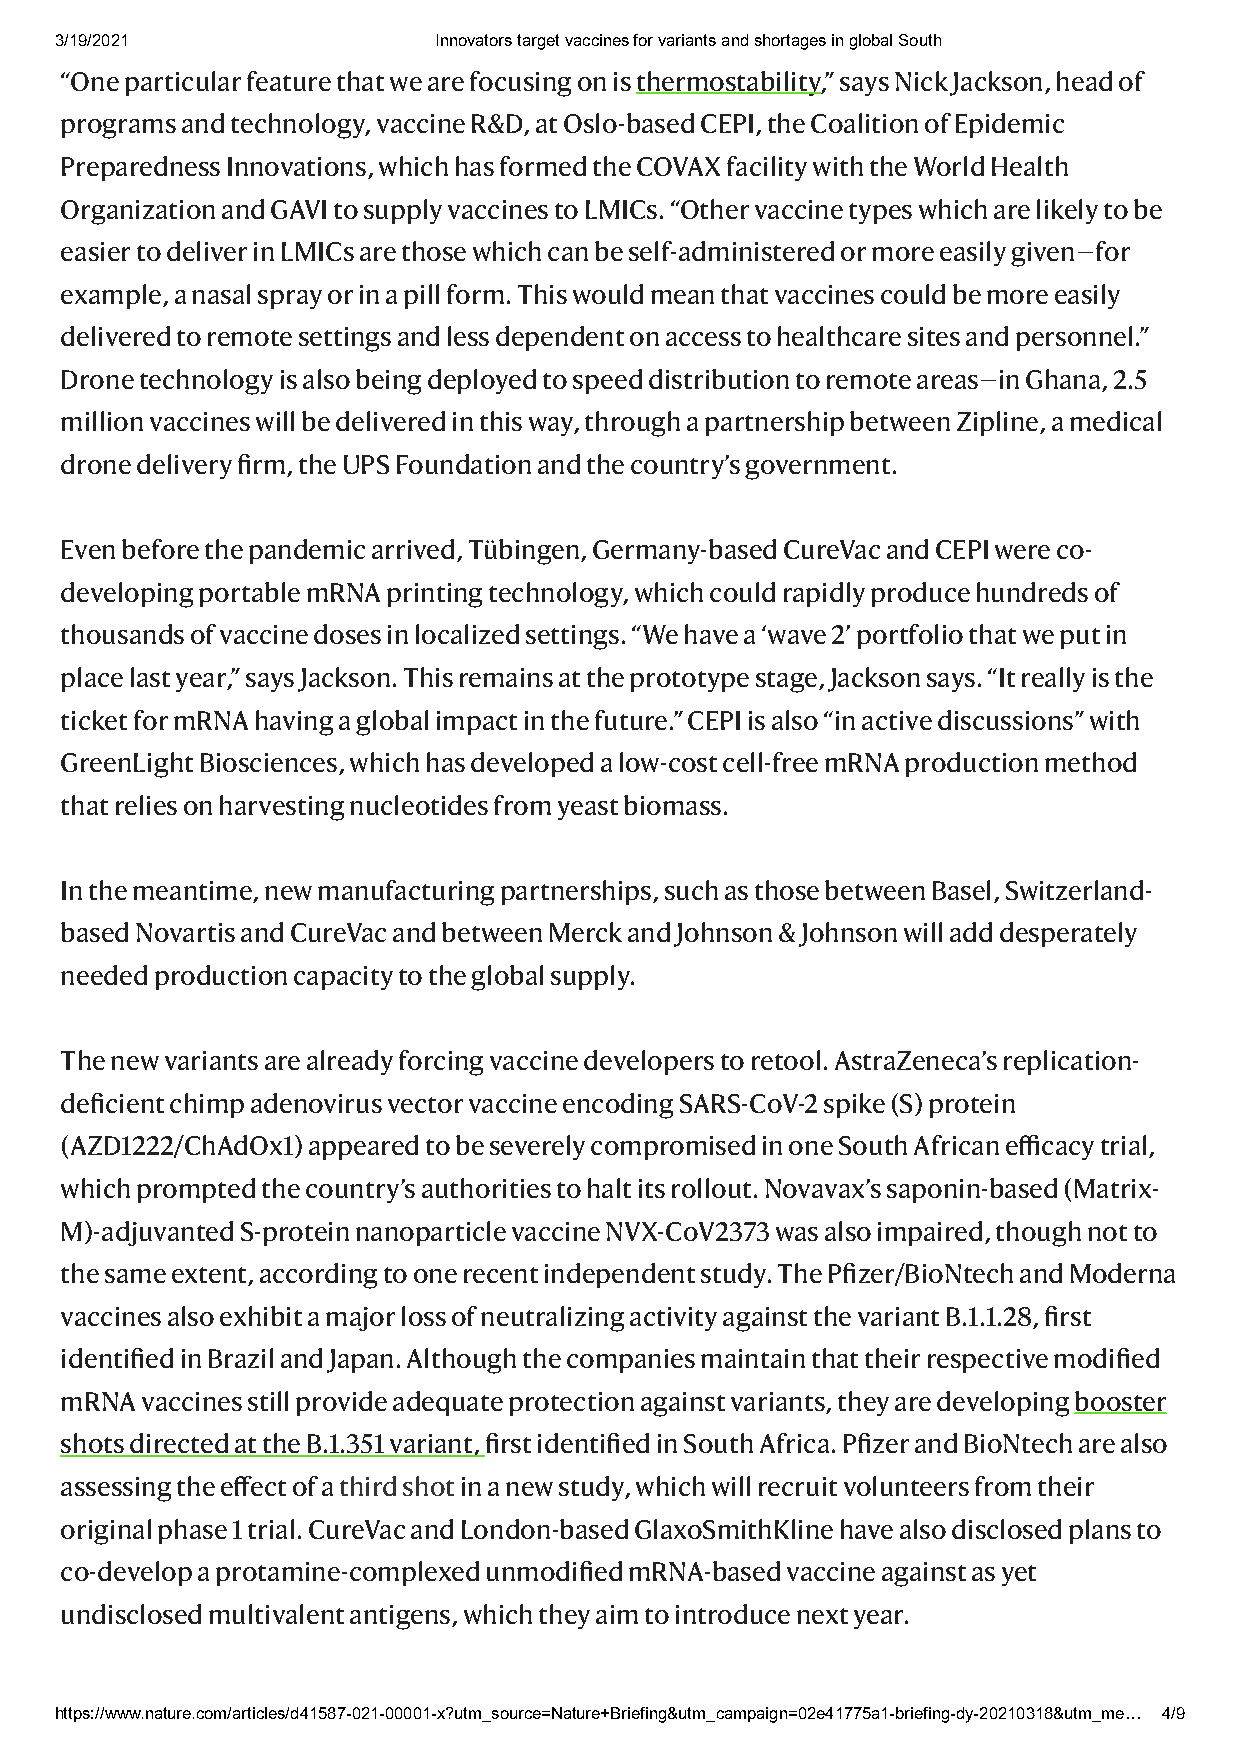
3/19/2021                Innovators target vaccines for variants and shortages in global South
 “One particular feature that we are focusing on is thermostability,” says Nick Jackson, head of
 programs and technology, vaccine R&D, at Oslo-based CEPI, the Coalition of Epidemic
 Preparedness Innovations, which has formed the COVAX facility with the World Health
 Organization and GAVI to supply vaccines to LMICs. “Other vaccine types which are likely to be
 easier to deliver in LMICs are those which can be self-administered or more easily given—for
 example, a nasal spray or in a pill form. This would mean that vaccines could be more easily
 delivered to remote settings and less dependent on access to healthcare sites and personnel.”
 Drone technology is also being deployed to speed distribution to remote areas—in Ghana, 2.5
 million vaccines will be delivered in this way, through a partnership between Zipline, a medical
 drone delivery firm, the UPS Foundation and the country’s government.
 Even before the pandemic arrived, Tübingen, Germany-based CureVac and CEPI were co-
 developing portable mRNA printing technology, which could rapidly produce hundreds of
 thousands of vaccine doses in localized settings. “We have a ‘wave 2’ portfolio that we put in
 place last year,” says Jackson. This remains at the prototype stage, Jackson says. “It really is the
 ticket for mRNA having a global impact in the future.” CEPI is also “in active discussions” with
 GreenLight Biosciences, which has developed a low-cost cell-free mRNA production method
 that relies on harvesting nucleotides from yeast biomass.
 In the meantime, new manufacturing partnerships, such as those between Basel, Switzerland-
 based Novartis and CureVac and between Merck and Johnson & Johnson will add desperately
 needed production capacity to the global supply.
 The new variants are already forcing vaccine developers to retool. AstraZeneca’s replication-
 deficient chimp adenovirus vector vaccine encoding SARS-CoV-2 spike (S) protein
 (AZD1222/ChAdOx1) appeared to be severely compromised in one South African efficacy trial,
 which prompted the country’s authorities to halt its rollout. Novavax’s saponin-based (Matrix-
 M)-adjuvanted S-protein nanoparticle vaccine NVX-CoV2373 was also impaired, though not to
 the same extent, according to one recent independent study. The Pfizer/BioNtech and Moderna
 vaccines also exhibit a major loss of neutralizing activity against the variant B.1.1.28, first
 identified in Brazil and Japan. Although the companies maintain that their respective modified
 mRNA vaccines still provide adequate protection against variants, they are developing booster
 shots directed at the B.1.351 variant, first identified in South Africa. Pfizer and BioNtech are also
 assessing the effect of a third shot in a new study, which will recruit volunteers from their
 original phase 1 trial. CureVac and London-based GlaxoSmithKline have also disclosed plans to
 co-develop a protamine-complexed unmodified mRNA-based vaccine against as yet
 undisclosed multivalent antigens, which they aim to introduce next year.
 https://www.nature.com/articles/d41587-021-00001-x?utm_source=Nature+Briefing&utm_campaign=02e41775a1-briefing-dy-20210318&utm_me… 4/9